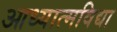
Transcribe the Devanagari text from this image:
आध्यात्मविद्या